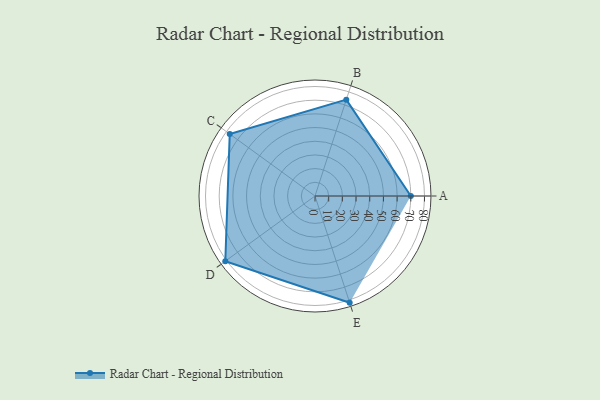
{"axis": {"x": "Skill", "y": "Score"}, "legend": ["Profile"], "data": [{"x": "A", "y": 70.0, "type": "Profile"}, {"x": "B", "y": 74.0, "type": "Profile"}, {"x": "C", "y": 77.0, "type": "Profile"}, {"x": "D", "y": 81.0, "type": "Profile"}, {"x": "E", "y": 82.0, "type": "Profile"}]}